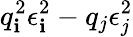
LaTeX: q_{\mathbf{i}}^{2}\epsilon_{\mathbf{i}}^{2}-{q_{j}}\epsilon_{j}^{2}